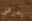
يعرفني